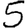
Digit: 5